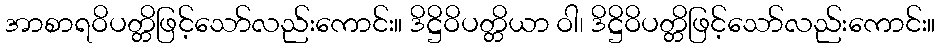
အာစာရဝိပတ္တိဖြင့်သော်လည်းကောင်း။ ဒိဋ္ဌိဝိပတ္တိယာ ဝါ၊ ဒိဋ္ဌိဝိပတ္တိဖြင့်သော်လည်းကောင်း။